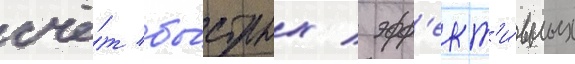
счё́т бы́стрых / эфф'ект'и́вных